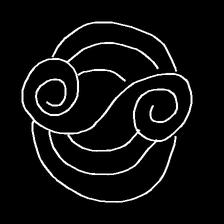
Glyph: wind-underfoot